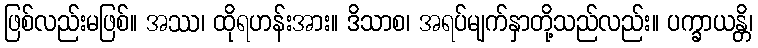
ဖြစ်လည်းမဖြစ်။ အဿ၊ ထိုရဟန်းအား။ ဒိသာစ၊ အရပ်မျက်နှာတို့သည်လည်း။ ပက္ခာယန္တိ၊